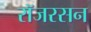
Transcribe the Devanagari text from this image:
रॉजरसन